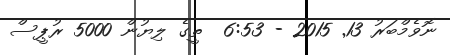
ނޮވެމްބަރު 13